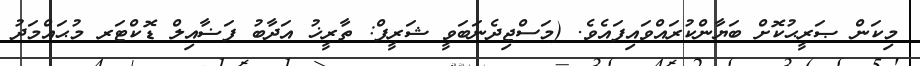
މިކަން ޞަރީޙުކޮށް ބަޔާންކުރައްވައިފައެވެ. (މަސްޖިދެނަބަވީ ޝަރީފް: ތާރީޚު އަދާބު ފަޟާއިލް ޑޮކްޓަރ މުޙައްމަދު